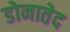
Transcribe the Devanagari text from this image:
डोनातेद